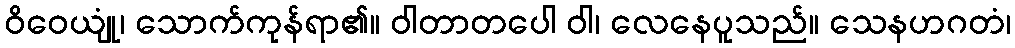
ဝိဝေယျုံ၊ သောက်ကုန်ရာ၏။ ဝါတာတပေါ ဝါ၊ လေနေပူသည်။ သေနဟဂတံ၊